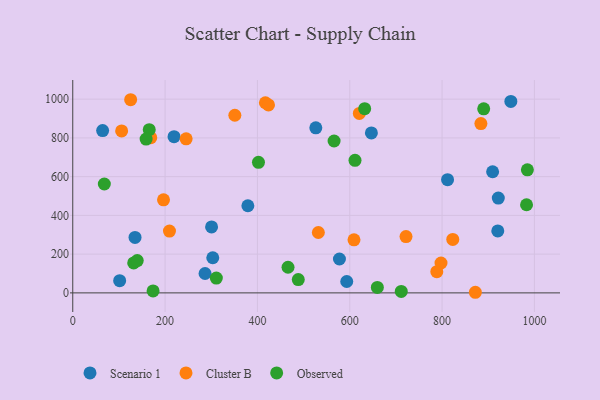
{"axis": {"x": "Experience", "y": "Fuel Efficiency"}, "legend": ["Cluster B", "Observed", "Scenario 1"], "data": [{"x": "303.3", "y": 181.4, "type": "Scenario 1"}, {"x": "577.7", "y": 175.0, "type": "Scenario 1"}, {"x": "286.6", "y": 99.9, "type": "Scenario 1"}, {"x": "526.5", "y": 851.8, "type": "Scenario 1"}, {"x": "64.7", "y": 837.7, "type": "Scenario 1"}, {"x": "101.6", "y": 63.2, "type": "Scenario 1"}, {"x": "909.5", "y": 625.4, "type": "Scenario 1"}, {"x": "921.8", "y": 489.4, "type": "Scenario 1"}, {"x": "219.4", "y": 806.3, "type": "Scenario 1"}, {"x": "134.9", "y": 286.0, "type": "Scenario 1"}, {"x": "949.0", "y": 988.5, "type": "Scenario 1"}, {"x": "811.9", "y": 584.4, "type": "Scenario 1"}, {"x": "593.5", "y": 58.7, "type": "Scenario 1"}, {"x": "300.7", "y": 340.4, "type": "Scenario 1"}, {"x": "379.3", "y": 449.7, "type": "Scenario 1"}, {"x": "920.7", "y": 319.9, "type": "Scenario 1"}, {"x": "646.9", "y": 825.8, "type": "Scenario 1"}, {"x": "168.9", "y": 801.3, "type": "Cluster B"}, {"x": "105.9", "y": 836.0, "type": "Cluster B"}, {"x": "609.2", "y": 273.8, "type": "Cluster B"}, {"x": "823.2", "y": 275.9, "type": "Cluster B"}, {"x": "532.0", "y": 311.7, "type": "Cluster B"}, {"x": "209.5", "y": 319.2, "type": "Cluster B"}, {"x": "417.3", "y": 981.6, "type": "Cluster B"}, {"x": "620.8", "y": 926.6, "type": "Cluster B"}, {"x": "351.1", "y": 917.0, "type": "Cluster B"}, {"x": "125.4", "y": 997.1, "type": "Cluster B"}, {"x": "872.1", "y": 3.1, "type": "Cluster B"}, {"x": "424.0", "y": 970.1, "type": "Cluster B"}, {"x": "245.6", "y": 795.3, "type": "Cluster B"}, {"x": "721.9", "y": 290.7, "type": "Cluster B"}, {"x": "797.7", "y": 154.3, "type": "Cluster B"}, {"x": "884.1", "y": 874.1, "type": "Cluster B"}, {"x": "196.6", "y": 480.2, "type": "Cluster B"}, {"x": "788.6", "y": 109.5, "type": "Cluster B"}, {"x": "311.0", "y": 76.6, "type": "Observed"}, {"x": "632.4", "y": 950.8, "type": "Observed"}, {"x": "890.2", "y": 950.1, "type": "Observed"}, {"x": "659.8", "y": 27.9, "type": "Observed"}, {"x": "132.0", "y": 154.8, "type": "Observed"}, {"x": "165.7", "y": 842.5, "type": "Observed"}, {"x": "466.3", "y": 132.2, "type": "Observed"}, {"x": "174.0", "y": 10.3, "type": "Observed"}, {"x": "611.4", "y": 684.1, "type": "Observed"}, {"x": "139.7", "y": 166.8, "type": "Observed"}, {"x": "983.0", "y": 454.9, "type": "Observed"}, {"x": "68.4", "y": 562.0, "type": "Observed"}, {"x": "984.8", "y": 635.3, "type": "Observed"}, {"x": "488.5", "y": 68.8, "type": "Observed"}, {"x": "158.9", "y": 794.1, "type": "Observed"}, {"x": "402.3", "y": 673.7, "type": "Observed"}, {"x": "711.6", "y": 7.6, "type": "Observed"}, {"x": "566.1", "y": 784.0, "type": "Observed"}]}